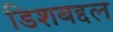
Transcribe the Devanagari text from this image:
डिशबद्दल